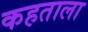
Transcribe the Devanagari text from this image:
कहताला